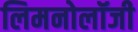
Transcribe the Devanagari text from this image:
लिमनोलॉजी